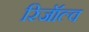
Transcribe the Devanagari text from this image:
रिजॉल्व